Indian journal of veterinary science and animal husbandry - Volume 7,
Year: 1937
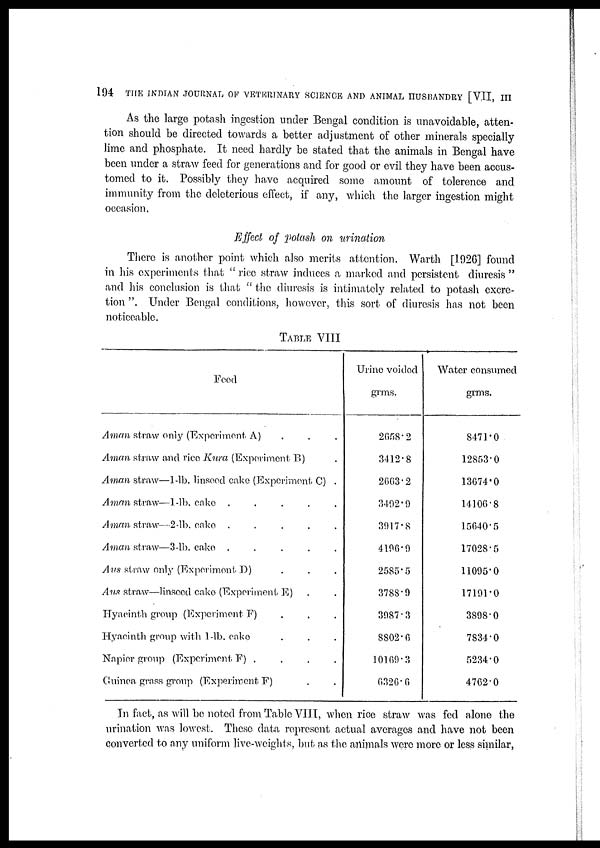
194 THE INDIAN JOURNAL OF VETERINARY SCIENCE AND ANIMAL HUSBANDRY [VII, III
As the large potash ingestion under Bengal condition is unavoidable, atten-
tion should be directed towards a better adjustment of other minerals specially
lime and phosphate. It need hardly be stated that the animals in Bengal have
been under a straw feed for generations and for good or evil they have been accus-
tomed to it. Possibly they have acquired some amount of tolerence and
immunity from the deleterious effect, if any, which the larger ingestion might
occasion.
Effect of potash on urination
There is another point which also merits attention. Warth [1926] found
in his experiments that " rice straw induces a marked and persistent diuresis "
and his conclusion is that " the diuresis is intimately related to potash excre-
tion ". Under Bengal conditions, however, this sort of diuresis has not been
noticeable.
TABLE VIII
Food
Aman straw only (Experiment. A) . . .
Aman straw and rice Kura (Experiment B) .
Aman straw—1-lb. linseed cake (Experiment. C) .
Aman straw—1-lb. cake
.
.
.
.
.
.
Aman straw.—2-lb. cake
.
.
.
.
.
.
Aman straw—3-lb. cake
.
.
.
.
.
Aus straw only (Experiment D) . . .
Aus straw—linseed cake (Experiment E) . . .
Hyacinth group (Experiment F) . . .
Hyacinth group with 1-lb. cake . . .
Napier group (Experiment F) . . . .
Guinea grass group (Experiment F) . .
Urine voided
grms.
2658.2
3412.8
2663.2
3492.9
3917.8
4106.9
2585.5
3788.9
3987.3
8802.6
10169.3
6326.6
Water consumed
grms.
8471.0
12853.0
13674.0
14106.8
15640.5
17028.5
11095.0
17191.0
3898.0
7834.0
5234.0
4762.0
In fact, as will be noted from Table VIII, when rice straw was fed alone the
urination was lowest. These data represent actual averages and have not been
converted to any uniform live-weights, but as the animals were more or less similar,